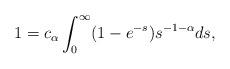
LaTeX: \begin{align*}1 = c_{\alpha} \int_0^{\infty}(1-e^{-s})s^{-1-\alpha}ds,\end{align*}